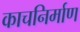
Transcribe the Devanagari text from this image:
काचनिर्माण